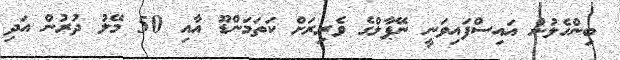
ބިންހެލުން އައިސްފައިވަނީ ނޭޕާލްގެ ވެރިރަށް ކަތަމަންޑޫ އާއި 50 މޭލު ދުރުން އަދި